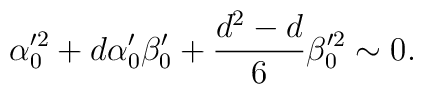
\alpha_0'^2 + d \alpha_0' \beta_0 ' + {d^2 - d \over 6} \beta_0'^2\sim 0   .